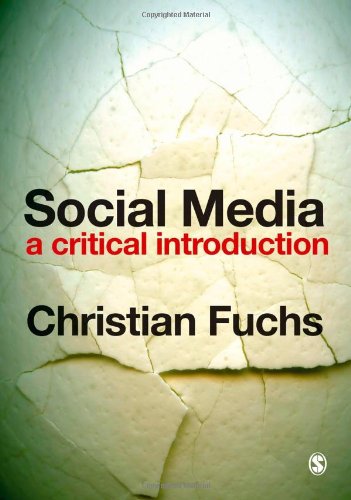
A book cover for Social Media: A Critical Introduction; Christian Fuchs; Computers & Technology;